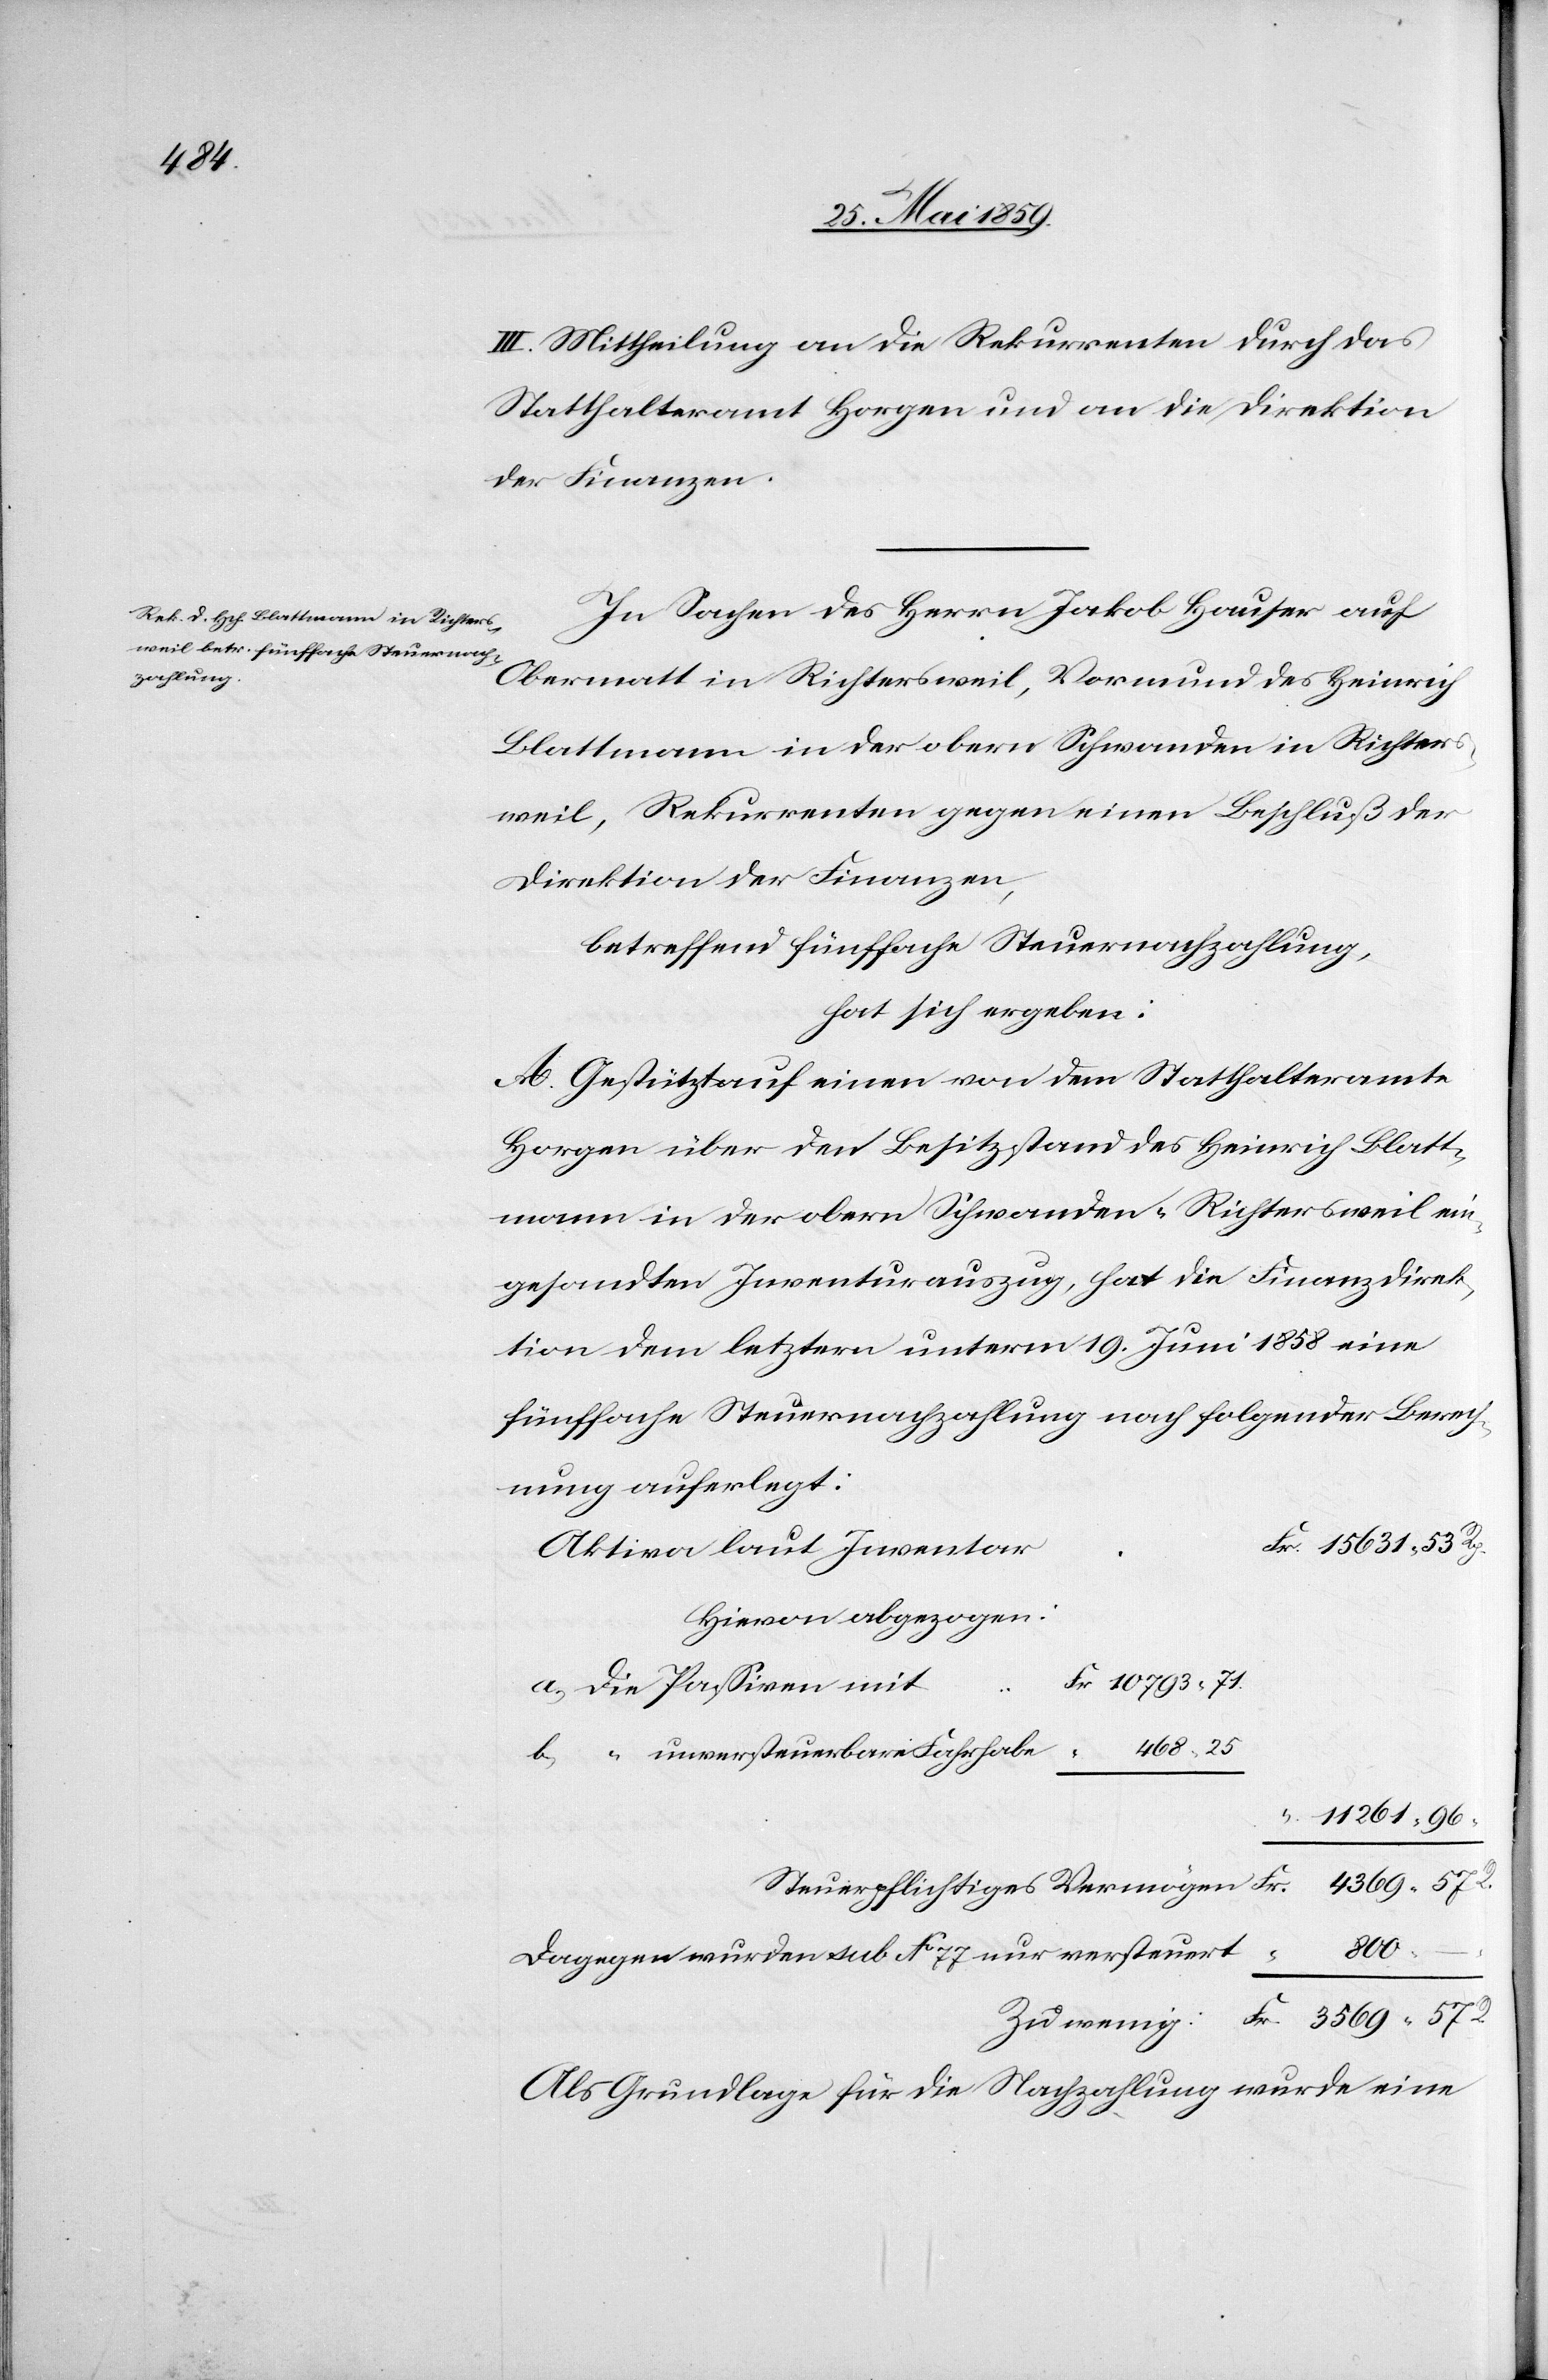
III. Mittheilung an die Rekurrenten durch das
Statthalteramt Horgen und an die Direktion
der Finanzen.
In Sachen des Herrn Jakob Hauser auf
Obermatt in Richtersweil, Vormund des Heinrich
Blattmann in der obern Schwanden in Richters¬
weil, Rekurrenten gegen einen Beschluß der
Direktion der Finanzen,
betreffend fünffache Steuernachzahlung,
hat sich ergeben:
A. Gestützt auf einen von dem Statthalteramte
Horgen über den Besitzstand des Heinrich Blatt¬
mann in der obern Schwanden-Richtersweil ein¬
gesandten Inventurauszug, hat die Finanzdirek¬
tion dem letztern unterm 19. Juni 1858 eine
fünffache Steuernachzahlung nach folgender Berech¬
nung auferlegt:
15631.53 Rp.
hiervon abgezogen:
t	Fr 10793.71
a) Die Passiven mi¬
b) “ unversteuerbare Fahrhabe
“ 11261.96
Steuerpflichtiges Vermögen 		Fr. 4369.57
R.
Dagegen würden sub No. 77 nur versteuert		 “ 800.–
Zu wenig:	Fr. 3569.57
Als Grundlage für die Nachzahlung wurde eine